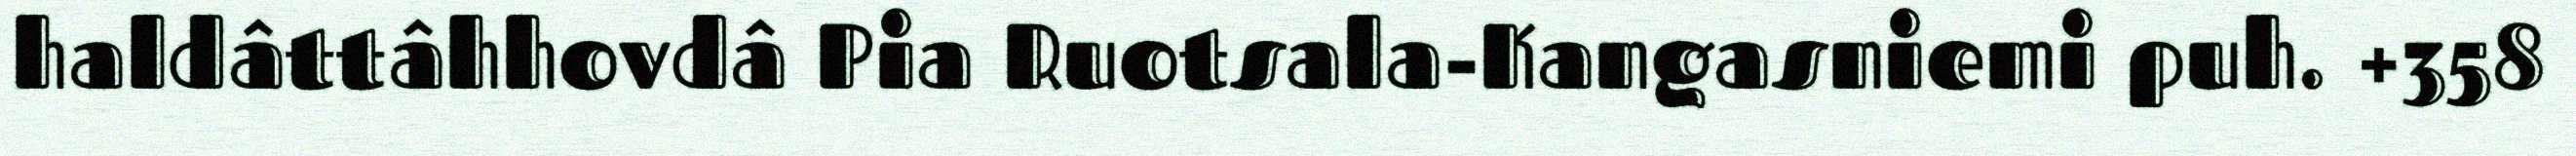
haldâttâhhovdâ Pia Ruotsala-Kangasniemi puh. +358